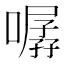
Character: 𱔯